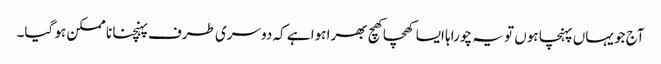
آج جو یہاں پہنچا ہوں تو یہ چوراہا ایسا کھچا کھچ بھرا ہوا ہے کہ دوسری طرف پہنچنا نا ممکن ہو گیا۔